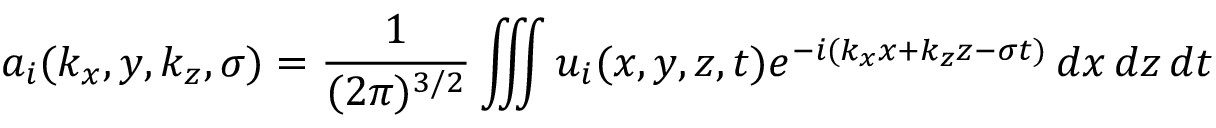
a _ { i } ( k _ { x } , y , k _ { z } , \sigma ) = \frac { 1 } { ( 2 \pi ) ^ { 3 / 2 } } \iiint u _ { i } ( x , y , z , t ) e ^ { - i ( k _ { x } x + k _ { z } z - \sigma t ) } \, d x \, d z \, d t